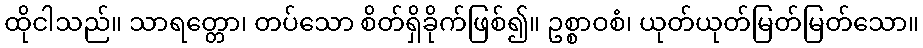
ထိုငါသည်။ သာရတ္တော၊ တပ်သော စိတ်ရှိခိုက်ဖြစ်၍။ ဥစ္စာဝစံ၊ ယုတ်ယုတ်မြတ်မြတ်သော။